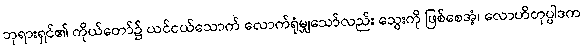
ဘုရားရှင်၏ ကိုယ်တော်၌ ယင်ငယ်သောက် လောက်ရုံမျှသော်လည်း သွေးကို ဖြစ်စေအံ့၊ လောဟိတုပ္ပါဒက